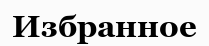
Избранное